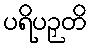
ပရိပဉှတိ